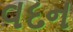
વદન